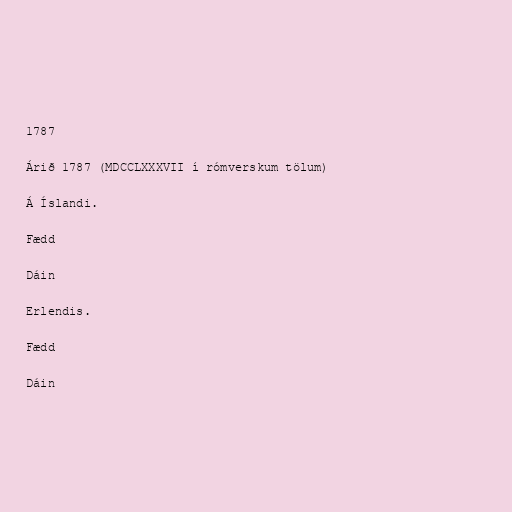
1787

Árið 1787 (MDCCLXXXVII í rómverskum tölum)

Á Íslandi.

Fædd

Dáin

Erlendis.

Fædd

Dáin